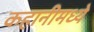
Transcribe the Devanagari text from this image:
कहानीमध्ये